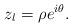
LaTeX: \begin{align*}z_l=\rho e^{i\theta}.\end{align*}